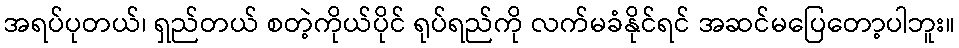
အရပ်ပုတယ်၊ ရှည်တယ် စတဲ့ကိုယ်ပိုင် ရုပ်ရည်ကို လက်မခံနိုင်ရင် အဆင်မပြေတော့ပါဘူး။